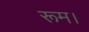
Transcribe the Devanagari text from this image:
रूम।